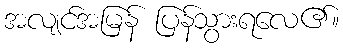
အလျင်အမြန် ပြန်သွားရလေ၏။